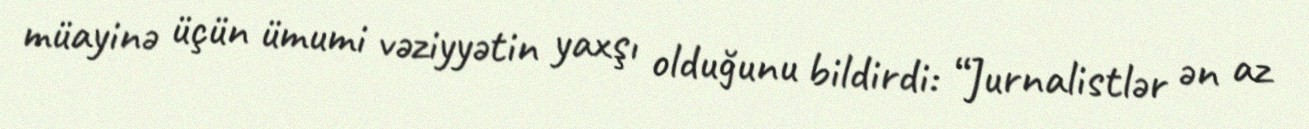
müayinə üçün ümumi vəziyyətin yaxşı olduğunu bildirdi: “Jurnalistlər ən az